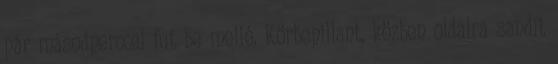
pár másodperccel fut be mellé. Körbepillant, közben oldalra sandít